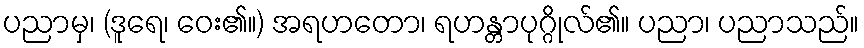
ပညာမှ၊ (ဒူရေ၊ ဝေး၏။) အရဟတော၊ ရဟန္တာပုဂ္ဂိုလ်၏။ ပညာ၊ ပညာသည်။